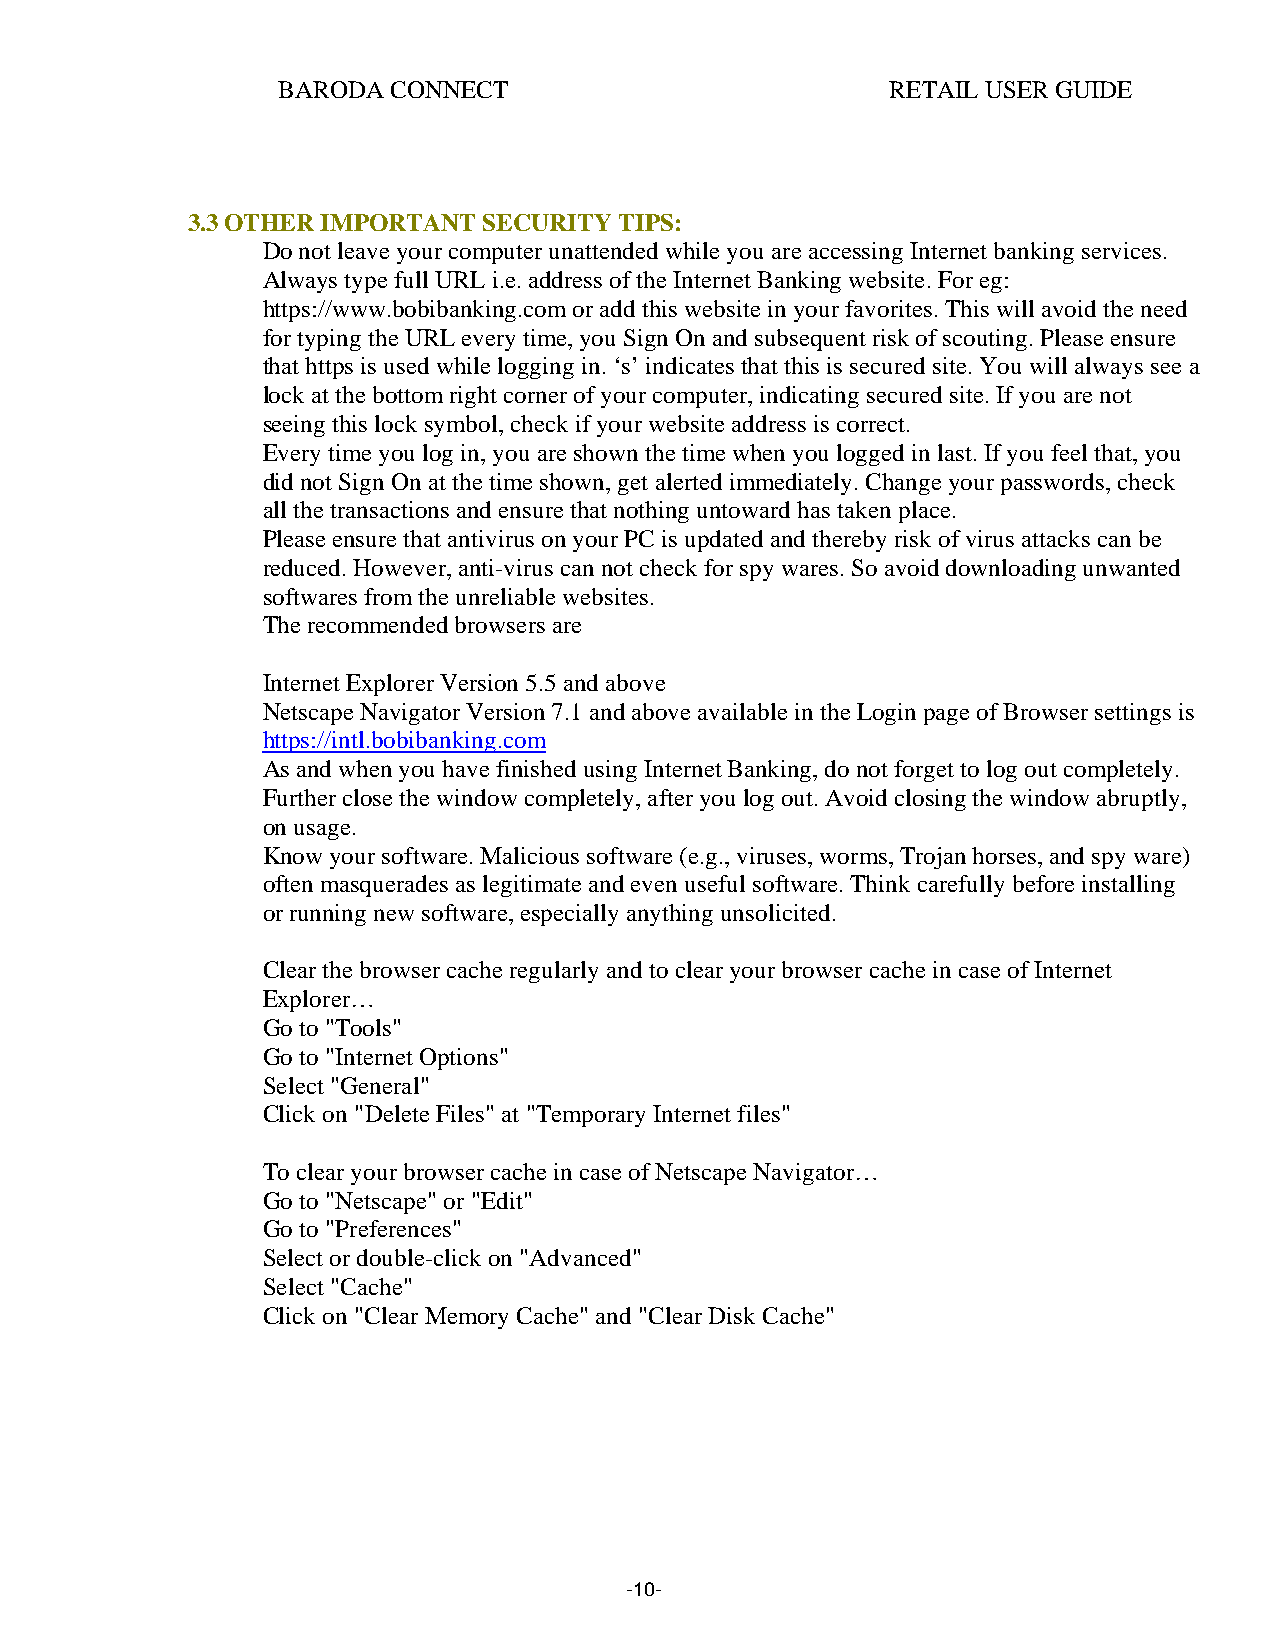
BARODA  CONNECT                          RETAIL USER GUIDE
 3.3 OTHER IMPORTANT SECURITY TIPS:
 Do not leave your computer unattended while you are accessing Internet banking services.
 Always type full URL i.e. address of the Internet Banking website. For eg:
 https://www.bobibanking.com or add this website in your favorites. This will avoid the need
 for typing the URL every time, you Sign On and subsequent risk of scouting. Please ensure
 that https is used while logging in. ‘s’ indicates that this is secured site. You will always see a
 lock at the bottom right corner of your computer, indicating secured site. If you are not
 seeing this lock symbol, check if your website address is correct.
 Every time you log in, you are shown the time when you logged in last. If you feel that, you
 did not Sign On at the time shown, get alerted immediately. Change your passwords, check
 all the transactions and ensure that nothing untoward has taken place.
 Please ensure that antivirus on your PC is updated and thereby risk of virus attacks can be
 reduced. However, anti-virus can not check for spy wares. So avoid downloading unwanted
 softwares from the unreliable websites.
 The recommended browsers are
 Internet Explorer Version 5.5 and above
 Netscape Navigator Version 7.1 and above available in the Login page of Browser settings is
 https://intl.bobibanking.com
 As and when you have finished using Internet Banking, do not forget to log out completely.
 Further close the window completely, after you log out. Avoid closing the window abruptly,
 on usage.
 Know your software. Malicious software (e.g., viruses, worms, Trojan horses, and spy ware)
 often masquerades as legitimate and even useful software. Think carefully before installing
 or running new software, especially anything unsolicited.
 Clear the browser cache regularly and to clear your browser cache in case of Internet
 Explorer…
 Go to "Tools"
 Go to "Internet Options"
 Select "General"
 Click on "Delete Files" at "Temporary Internet files"
 To clear your browser cache in case of Netscape Navigator…
 Go to "Netscape" or "Edit"
 Go to "Preferences"
 Select or double-click on "Advanced"
 Select "Cache"
 Click on "Clear Memory Cache" and "Clear Disk Cache"
 -10-